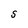
Character: S